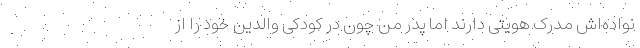
نواده‌اش مدرک هویتی دارند اما پدر من چون در کودکی والدین خود را از